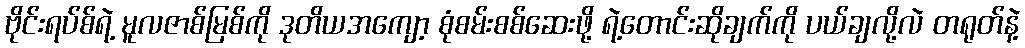
ဗိုင်းရပ်စ်ရဲ့ မူလဇာစ်မြစ်ကို ဒုတိယအကျော့ စုံစမ်းစစ်ဆေးဖို့ ရဲ့တောင်းဆိုချက်ကို ပယ်ချလို့လဲ တရုတ်နဲ့